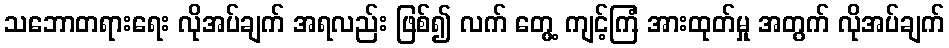
သဘောတရားရေး လိုအပ်ချက် အရလည်း ဖြစ်၍ လက် တွေ့ ကျင့်ကြံ အားထုတ်မှု အတွက် လိုအပ်ချက်